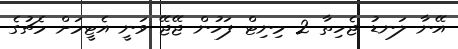
އޭނާ ލަނޑު ޖެހިތާ 2 މިނިޓް ފަހުން ޖޭޖޭ ވަނީ އެޓީމަށް މެޗުގެ